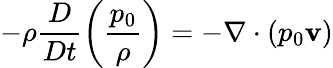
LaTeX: -\rho\frac{D}{Dt}\left(\frac{p_{0}}{\rho}\right)=-\nabla\cdot(p_{0}{\mathbf v})